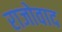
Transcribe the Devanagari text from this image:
राजोवाद